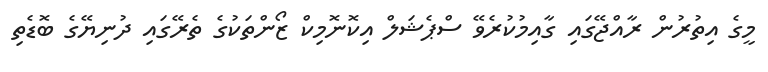
މީގެ އިތުރުން ރާއްޖޭގައި ގާއިމުކުރެވޭ ސްޕެޝަލް އިކޮނޮމިކް ޒޯންތަކުގެ ތެރޭގައި ދުނިޔޭގެ ބޮޑެތި